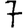
Digit: 7